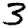
Digit: 3